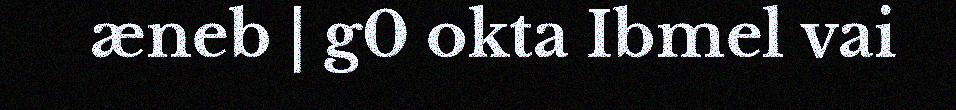
æneb | g0 okta Ibmel vai